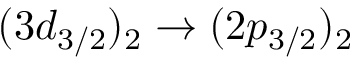
( 3 d _ { 3 / 2 } ) _ { 2 } \rightarrow ( 2 p _ { 3 / 2 } ) _ { 2 }